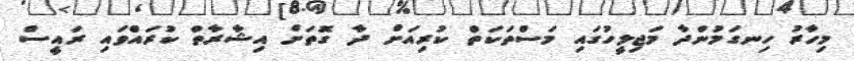
މިހާރު ހިނގަމުންދާ މަޖިލީހުގައި މަސްތަކަތް ކުރިއަށް ދާ ގޮތަށް އިޝާރާތް ކުރައްވައި ރައިީސް